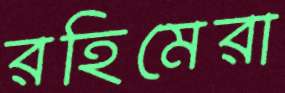
রহিমেরা